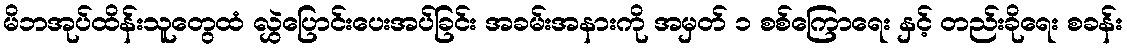
မိဘအုပ်ထိန်းသူတွေထံ လွှဲပြောင်းပေးအပ်ခြင်း အခမ်းအနားကို အမှတ် ၁ စစ်ကြောရေး နှင့် တည်းခိုရေး စခန်း